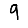
Digit: 9